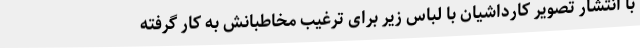
با انتشار تصویر کارداشیان با لباس زیر برای ترغیب مخاطبانش به کار گرفته